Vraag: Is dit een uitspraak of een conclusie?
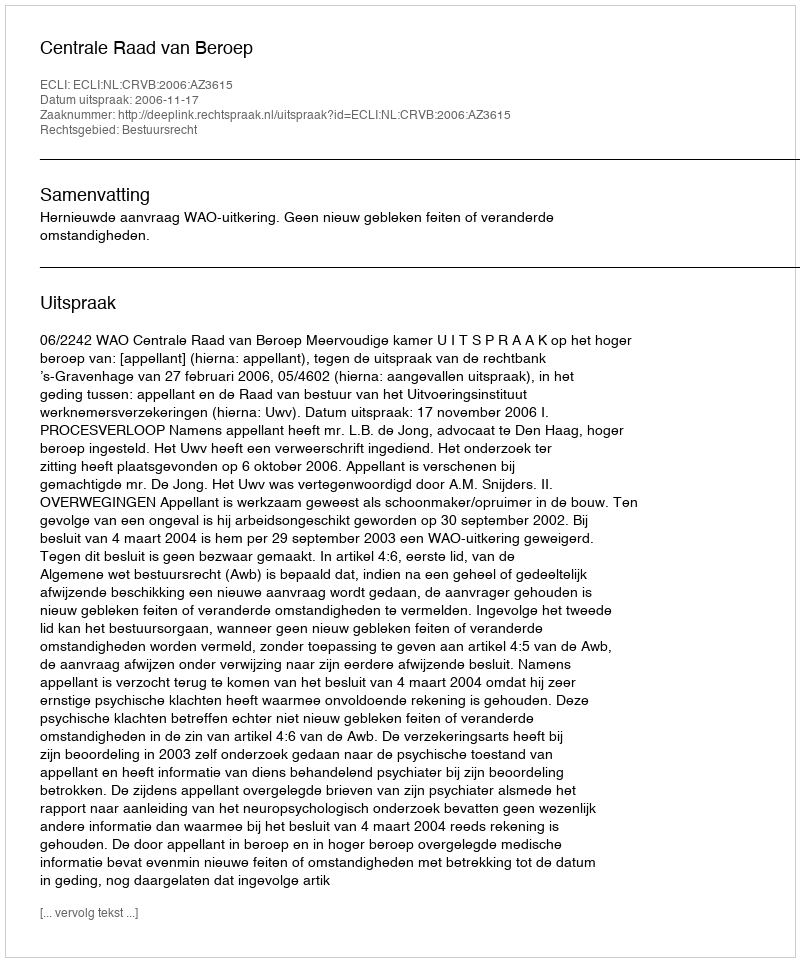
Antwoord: Uitspraak